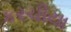
કરચીયા